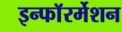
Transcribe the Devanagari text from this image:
इन्फाॅरर्मेशन